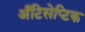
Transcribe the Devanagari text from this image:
अँटिसेप्टिक